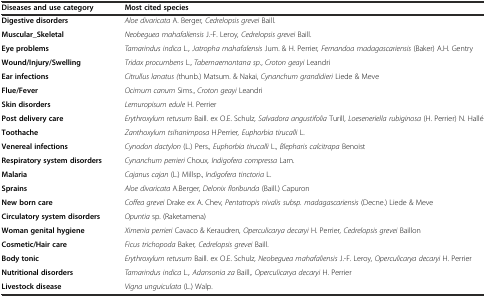
<table><thead><tr><td><b>Diseases and use category</b></td><td><b>Most cited species</b></td></tr></thead><tbody><tr><td><b>Digestive disorders</b></td><td><i>Aloe divaricata</i> A. Berger<i>, Cedrelopsis grevei</i> Baill.</td></tr><tr><td><b>Muscular_Skeletal</b></td><td><i>Neobeguea mahafaliensis</i> J.-F. Leroy<i>, Cedrelopsis grevei</i> Baill.</td></tr><tr><td><b>Eye problems</b></td><td><i>Tamarindus indica</i> L.<i>, Jatropha mahafalensis</i> Jum. &amp; H. Perrier<i>, Fernandoa madagascariensis</i> (Baker) A.H. Gentry</td></tr><tr><td><b>Wound/Injury/Swelling</b></td><td><i>Tridax procumbens</i> L.<i>, Tabernaemontana sp.</i>, <i>Croton geayi</i> Leandri</td></tr><tr><td><b>Ear infections</b></td><td><i>Citrullus lanatus (</i>thunb.) Matsum. &amp; Nakai, <i>Cynanchum grandidieri</i> Liede &amp; Meve</td></tr><tr><td><b>Flue/Fever</b></td><td><i>Ocimum canum</i> Sims., <i>Croton geayi</i> Leandri</td></tr><tr><td><b>Skin disorders</b></td><td><i>Lemuropisum edule</i> H. Perrier</td></tr><tr><td><b>Post delivery care</b></td><td><i>Erythroxylum retusum</i> Baill. ex O.E. Schulz<i>, Salvadora angustifolia</i> Turill<i>, Loeseneriella rubiginosa</i> (H. Perrier) N. Hallé</td></tr><tr><td><b>Toothache</b></td><td><i>Zanthoxylum tsihanimposa</i> H.Perrier<i>, Euphorbia tirucalli</i> L.</td></tr><tr><td><b>Venereal infections</b></td><td><i>Cynodon dactylon</i> (L.) Pers.<i>, Euphorbia tirucalli</i> L.<i>, Blepharis calcitrapa</i> Benoist</td></tr><tr><td><b>Respiratory system disorders</b></td><td><i>Cynanchum perrieri</i> Choux<i>, Indigofera compressa</i> Lam.</td></tr><tr><td><b>Malaria</b></td><td><i>Cajanus cajan</i> (L.) Millsp., <i>Indigofera tinctoria</i> L.</td></tr><tr><td><b>Sprains</b></td><td><i>Aloe divaricata</i> A.Berger<i>, Delonix floribunda</i> (Baill.) Capuron</td></tr><tr><td><b>New born care</b></td><td><i>Coffea grevei</i> Drake ex A. Chev<i>, Pentatropis nivalis subsp. madagascariensis</i> (Decne.) Liede &amp; Meve</td></tr><tr><td><b>Circulatory system disorders</b></td><td><i>Opuntia</i> sp. (Raketamena)</td></tr><tr><td><b>Woman genital hygiene</b></td><td><i>Ximenia perrieri</i> Cavaco &amp; Keraudren<i>, Operculicarya decaryi</i> H. Perrier<i>, Cedrelopsis grevei</i> Baillon</td></tr><tr><td><b>Cosmetic/Hair care</b></td><td><i>Ficus trichopoda</i> Baker<i>, Cedrelopsis grevei</i> Baill.</td></tr><tr><td><b>Body tonic</b></td><td><i>Erythroxylum retusum</i> Baill. ex O.E. Schulz<i>, Neobeguea mahafaliensis</i> J.-F. Leroy<i>, Operculicarya decaryi</i> H. Perrier</td></tr><tr><td><b>Nutritional disorders</b></td><td><i>Tamarindus indica</i> L.<i>, Adansonia za</i> Baill.<i>, Operculicarya decaryi</i> H. Perrier</td></tr><tr><td><b>Livestock disease</b></td><td><i>Vigna unguiculata</i> (L.) Walp.</td></tr></tbody></table>